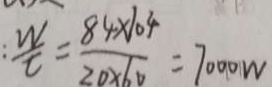
: \frac { W } { t } = \frac { 8 4 \times 1 0 4 } { 2 0 \times 6 0 } = 7 0 0 0 0 W